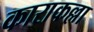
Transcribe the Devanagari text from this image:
काराकल्ला